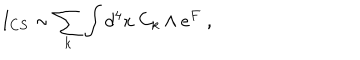
I _ { C S } \sim \sum _ { k } \int d ^ { 4 } x ~ C _ { k } \wedge e ^ { F } \; ,